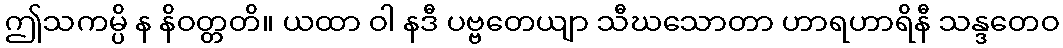
ဤသကမ္ပိ န နိဝတ္တတိ။ ယထာ ဝါ နဒီ ပဗ္ဗတေယျာ သီဃသောတာ ဟာရဟာရိနီ သန္ဒတေဝ